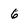
Character: 6